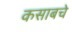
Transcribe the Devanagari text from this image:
कसाबचे